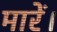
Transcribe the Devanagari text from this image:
मारें।